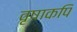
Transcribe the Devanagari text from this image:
वृषाकपि